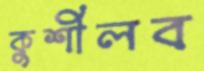
কুশীলব